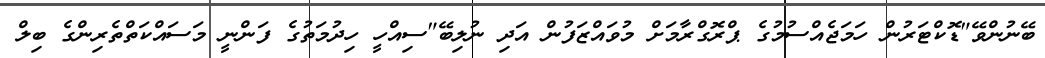
ބޭނުންވޭ"ޑޮކްޓަރުން ހަމަޖެއްސުމުގެ ޕްރޮގްރާމަށް މުވައްޒަފުން އަދި ނުލިބޭ"ސިއްހީ ހިދުމަތުގެ ފަންނީ މަސައްކަތްތެރިންގެ ބިލް